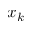
x _ { k }